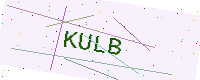
Text: KULB